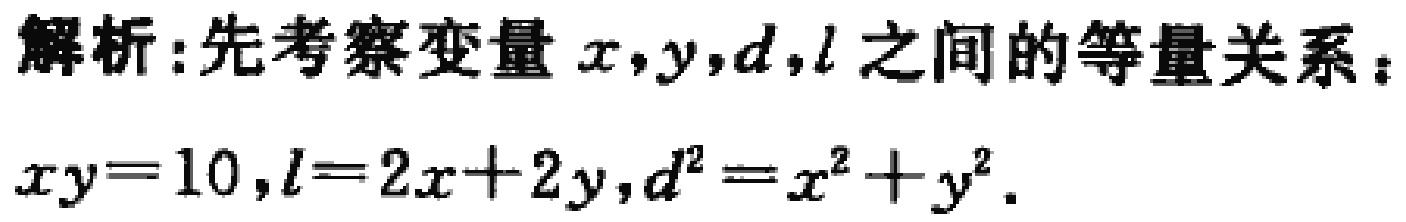
解析:先考察变量 \(x,y,d,l\) 之间的等量关系：

\(xy = 10, l = 2x + 2y, d^{2}=x^{2}+y^{2}\).